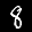
Label: 8